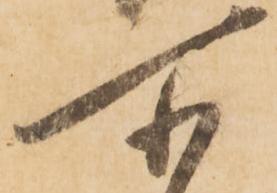
所